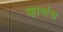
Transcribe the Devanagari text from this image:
व्हार्गास